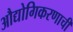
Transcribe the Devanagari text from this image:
औद्योगिकरणाची